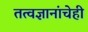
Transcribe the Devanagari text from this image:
तत्वज्ञानांचेही